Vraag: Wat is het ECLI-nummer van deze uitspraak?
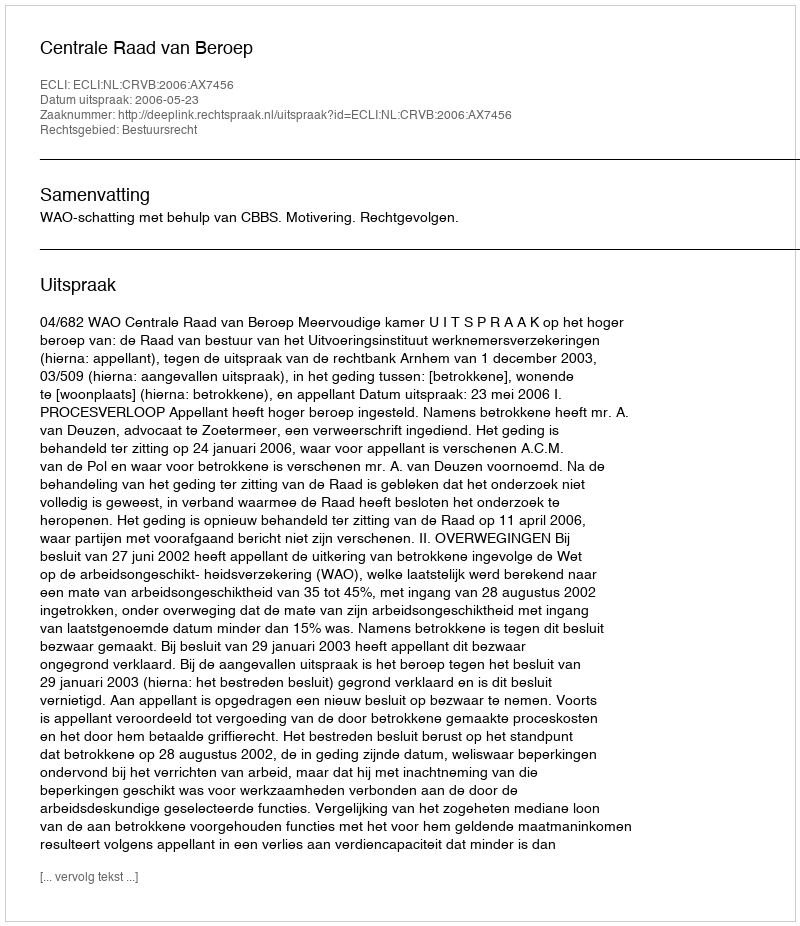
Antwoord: ECLI:NL:CRVB:2006:AX7456